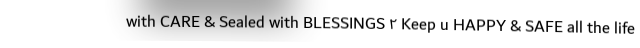
with CARE & Sealed with BLESSINGS ۲ Keep u HAPPY & SAFE all the life